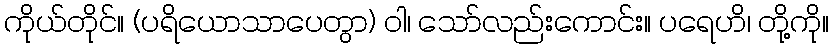
ကိုယ်တိုင်။ (ပရိယောသာပေတွာ) ဝါ၊ သော်လည်းကောင်း။ ပရေဟိ၊ တို့ကို။